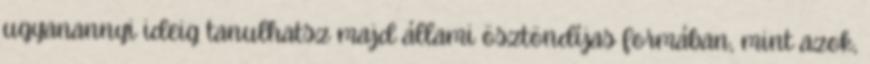
ugyanannyi ideig tanulhatsz majd állami ösztöndíjas formában, mint azok,